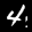
Label: 4